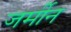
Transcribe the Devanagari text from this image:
जर्मीन